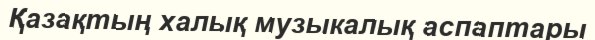
Қазақтың халық музыкалық аспаптары